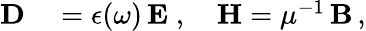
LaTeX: \begin{array}{rl}{{\mathbf{D}}}&{{}=\epsilon(\omega)\, {\mathbf{E}}\; ,\quad{\mathbf{H}}=\mu^{-1}\, {\mathbf{B}}\, ,}\end{array}